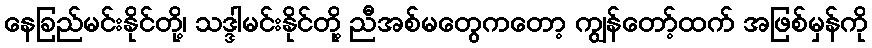
နေခြည်မင်းနိုင်တို့၊ သဒ္ဒါမင်းနိုင်တို့ ညီအစ်မတွေကတော့ ကျွန်တော့်ထက် အဖြစ်မှန်ကို